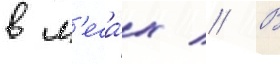
в л'еса́х // В